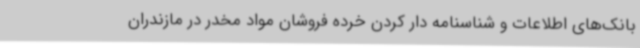
بانک‌های اطلاعات و شناسنامه دار کردن خرده فروشان مواد مخدر در مازندران